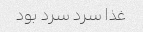
غذا سرد سرد بود